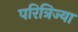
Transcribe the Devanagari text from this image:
परित्रिज्या